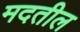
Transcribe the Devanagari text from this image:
मदतील